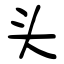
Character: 头